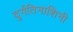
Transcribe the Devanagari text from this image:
दुर्गतिनाशिनी